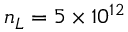
n _ { L } = 5 \times 1 0 ^ { 1 2 }